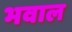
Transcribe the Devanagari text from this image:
भवाल